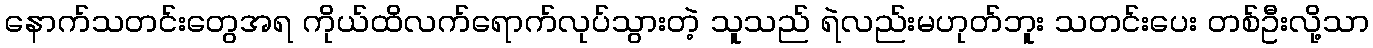
နောက်သတင်းတွေအရ ကိုယ်ထိလက်ရောက်လုပ်သွားတဲ့ သူသည် ရဲလည်းမဟုတ်ဘူး သတင်းပေး တစ်ဦးလို့သာ